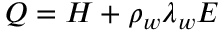
Q = H + \rho _ { w } \lambda _ { w } E